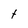
Character: t